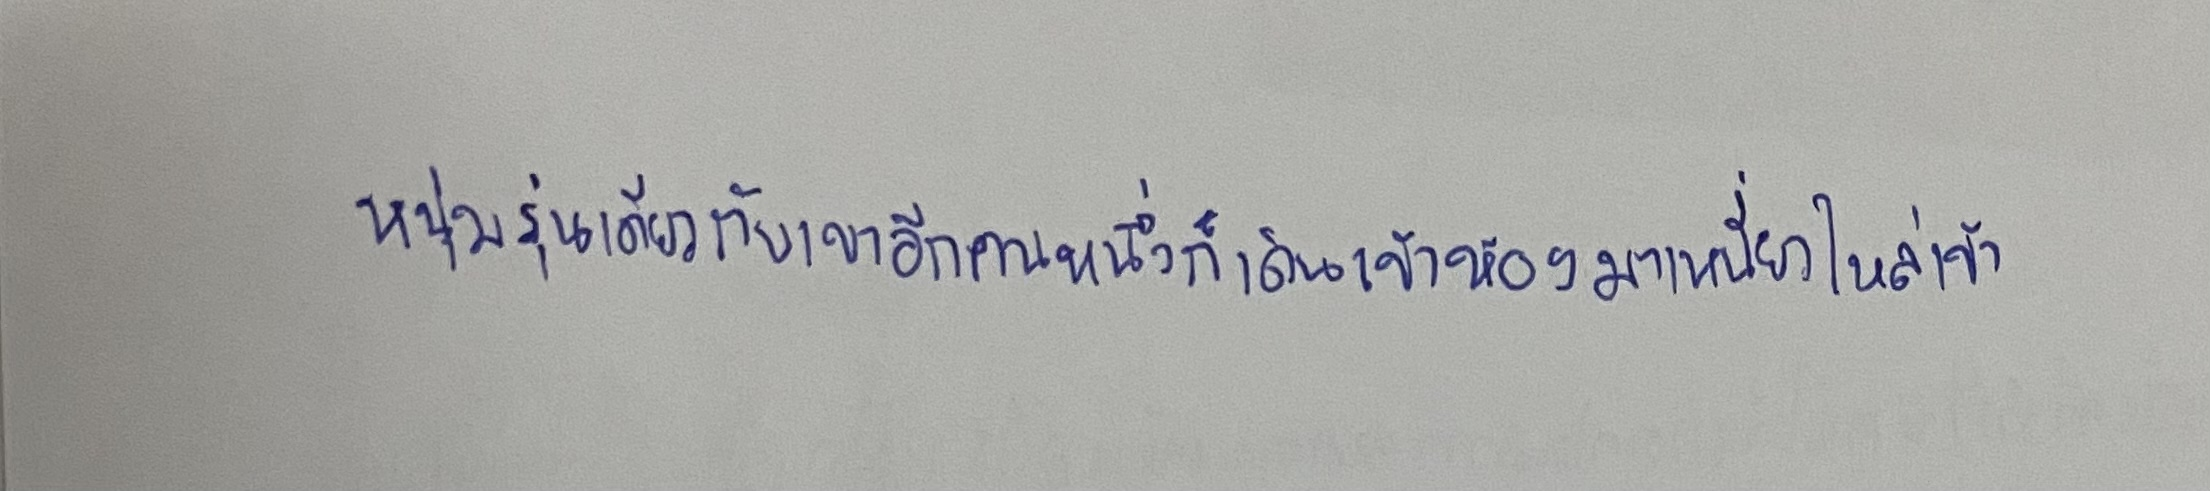
หนุ่มรุ่นเดียวกับเขาอีกคนหนึ่งก็เดินเข้าห้องมาเหนี่ยวไหล่เข้า